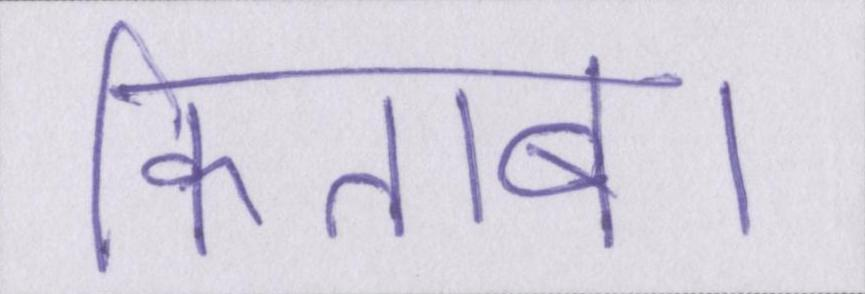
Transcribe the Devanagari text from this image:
किताब।